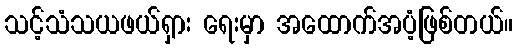
သင့်သံသယဖယ်ရှား ရေးမှာ အထောက်အပံ့ဖြစ်တယ်။